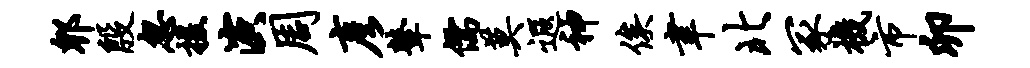
郫殷忽援演周彦鼙儒莫遐神俟聿北冢机市卯